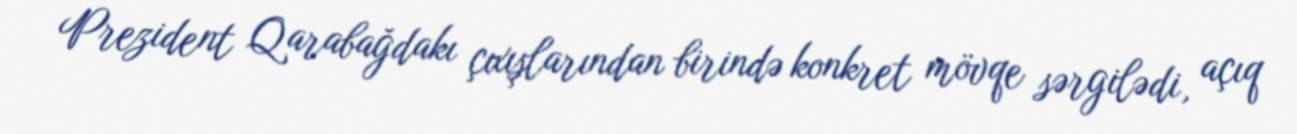
Prezident Qarabağdakı çıxışlarından birində konkret mövqe sərgilədi, açıq